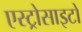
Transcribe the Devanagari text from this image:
एस्ट्रोसाइटों